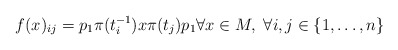
\begin{align*}f(x)_{ij}=p_{1}\pi(t_{i}^{-1})x\pi(t_{j})p_{1} \forall x \in M, \; \forall i,j \in \{1,\ldots,n\}\end{align*}